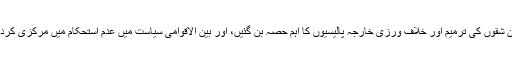
امن کی پریشان کن شقوں کی ترمیم اور خلاف ورزی خارجہ پالیسیوں کا اہم حصہ بن گئيں، اور بین الاقوامی سیاست میں عدم استحکام میں مرکزی کردار ادا کرنے لگیں۔